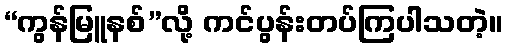
“ကွန်မြူနစ်”လို့ ကင်ပွန်းတပ်ကြပါသတဲ့။